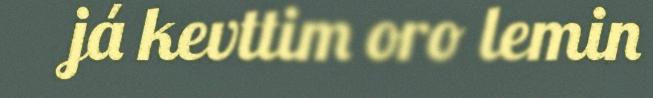
já kevttim oro lemin